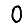
Digit: 0